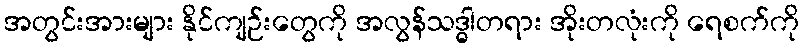
အတွင်းအားများ နိုင်ကျဉ်းတွေကို အလွန်သဒ္ဓါတရား အိုးတလုံးကို ရေစက်ကို